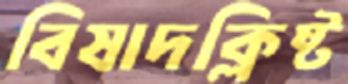
বিষাদক্লিষ্ট